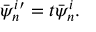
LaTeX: \bar { \psi } _ { n } ^ { i \prime } = t \bar { \psi } _ { n } ^ { i } .